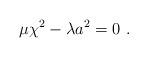
LaTeX: \begin{align*} \mu\chi^2-\lambda a^2=0 ~.\end{align*}